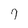
Character: 7